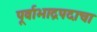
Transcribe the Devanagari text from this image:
पूर्वाभाद्रपदाचा